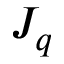
J _ { q }